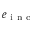
e _ { \mathrm { ~ i ~ n ~ c ~ } }